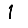
Digit: 1